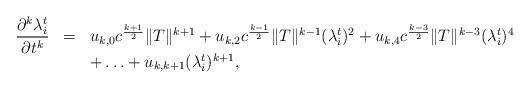
LaTeX: \begin{align*}\begin{array}{rcl} \displaystyle\frac{\partial^{k}\lambda_{i}^{t} }{\partial t^{k}} & = & u_{k,0}c^{\frac{k+1}{2}}\|T\|^{k+1}+u_{k,2}c^{\frac{k-1}{2}}\|T\|^{k-1}(\lambda_{i}^{t})^{2}+u_{k,4}c^{\frac{k-3}{2}}\|T\|^{k-3}(\lambda_{i}^{t})^{4}\\ & & +\ldots+u_{k,k+1}(\lambda_{i}^{t})^{k+1},\end{array}\end{align*}